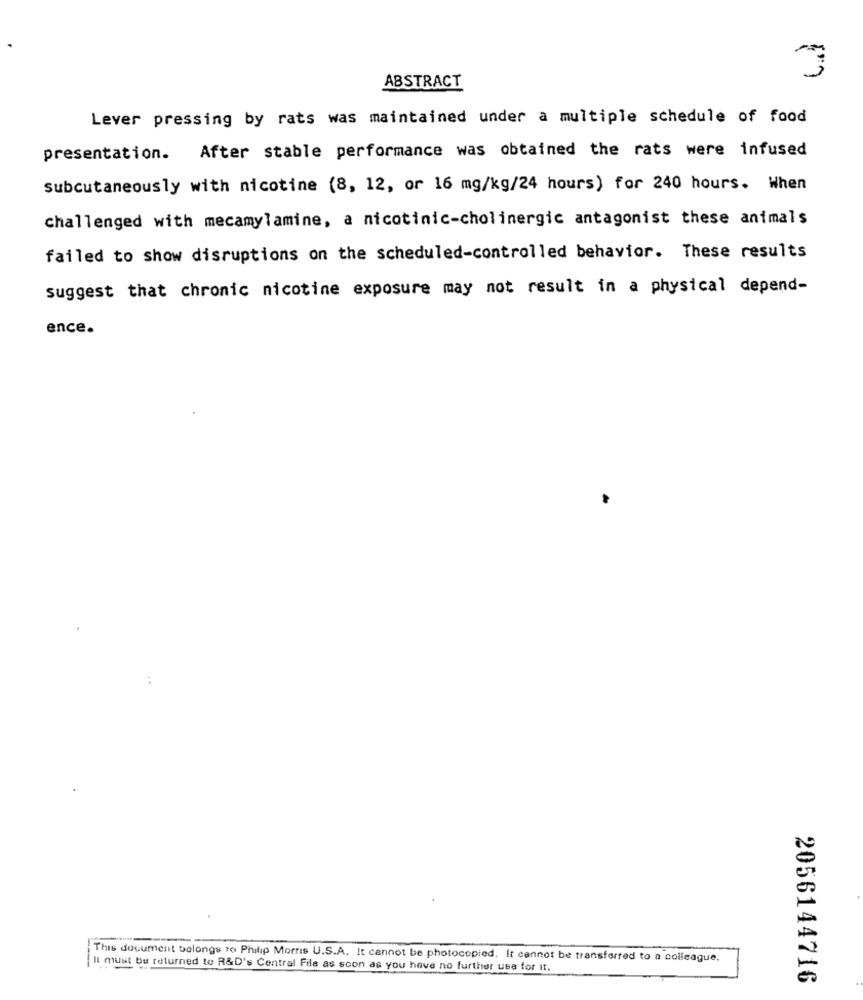
ABSTRACT
Lever pressing by rats was maintained under a multiple schedule of food
After stable performance was obtained the rats were infused
presentation.
Subcutaneously with nicotine (8, 12, or 16 mg/kg/24 hours) for 240 hours. When
challenged with mecamylamine, a nicotinic-cholinergic antagonist these animals
failed to show disruptions on the scheduled-controlled behavior. These results
suggest that chronic nicotine exposure may not result in a physical depend-
ence.
This document belongs to Philip Morris U.S.A. It cannot be photocopied. It cannot be transferred to a colleague.
Imust be returned to R&D's Central File as soon as you have no further use for it.
2056144716